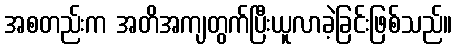
အစတည်းက အတိအကျတွက်ပြီးယူလာခဲ့ခြင်းဖြစ်သည်။